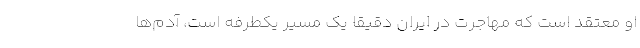
او معتقد است که مهاجرت در ایران دقیقا یک مسیر یکطرفه است، آدم‌ها